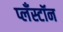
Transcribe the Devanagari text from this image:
प्लँस्टॉन